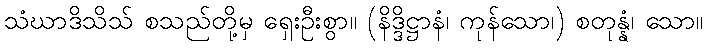
သံဃာဒိသိသ် စသည်တို့မှ ရှေးဦးစွာ။ (နိဒ္ဒိဋ္ဌာနံ၊ ကုန်သော၊) စတုန္နံ၊ သော။